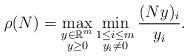
LaTeX: \begin{align*}\rho(N) = \max_{\substack{y \in \mathbb{R}^m \\ y \geq 0}} \min_{\substack{1 \leq i \leq m\\ y_i \neq 0}} \frac{(N y)_i}{y_i}.\end{align*}